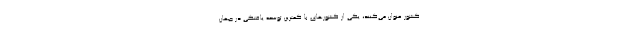
کشور عنوان می‌کنند، یکی از کشورهای با کمترین توسعه یافتگی در جهان